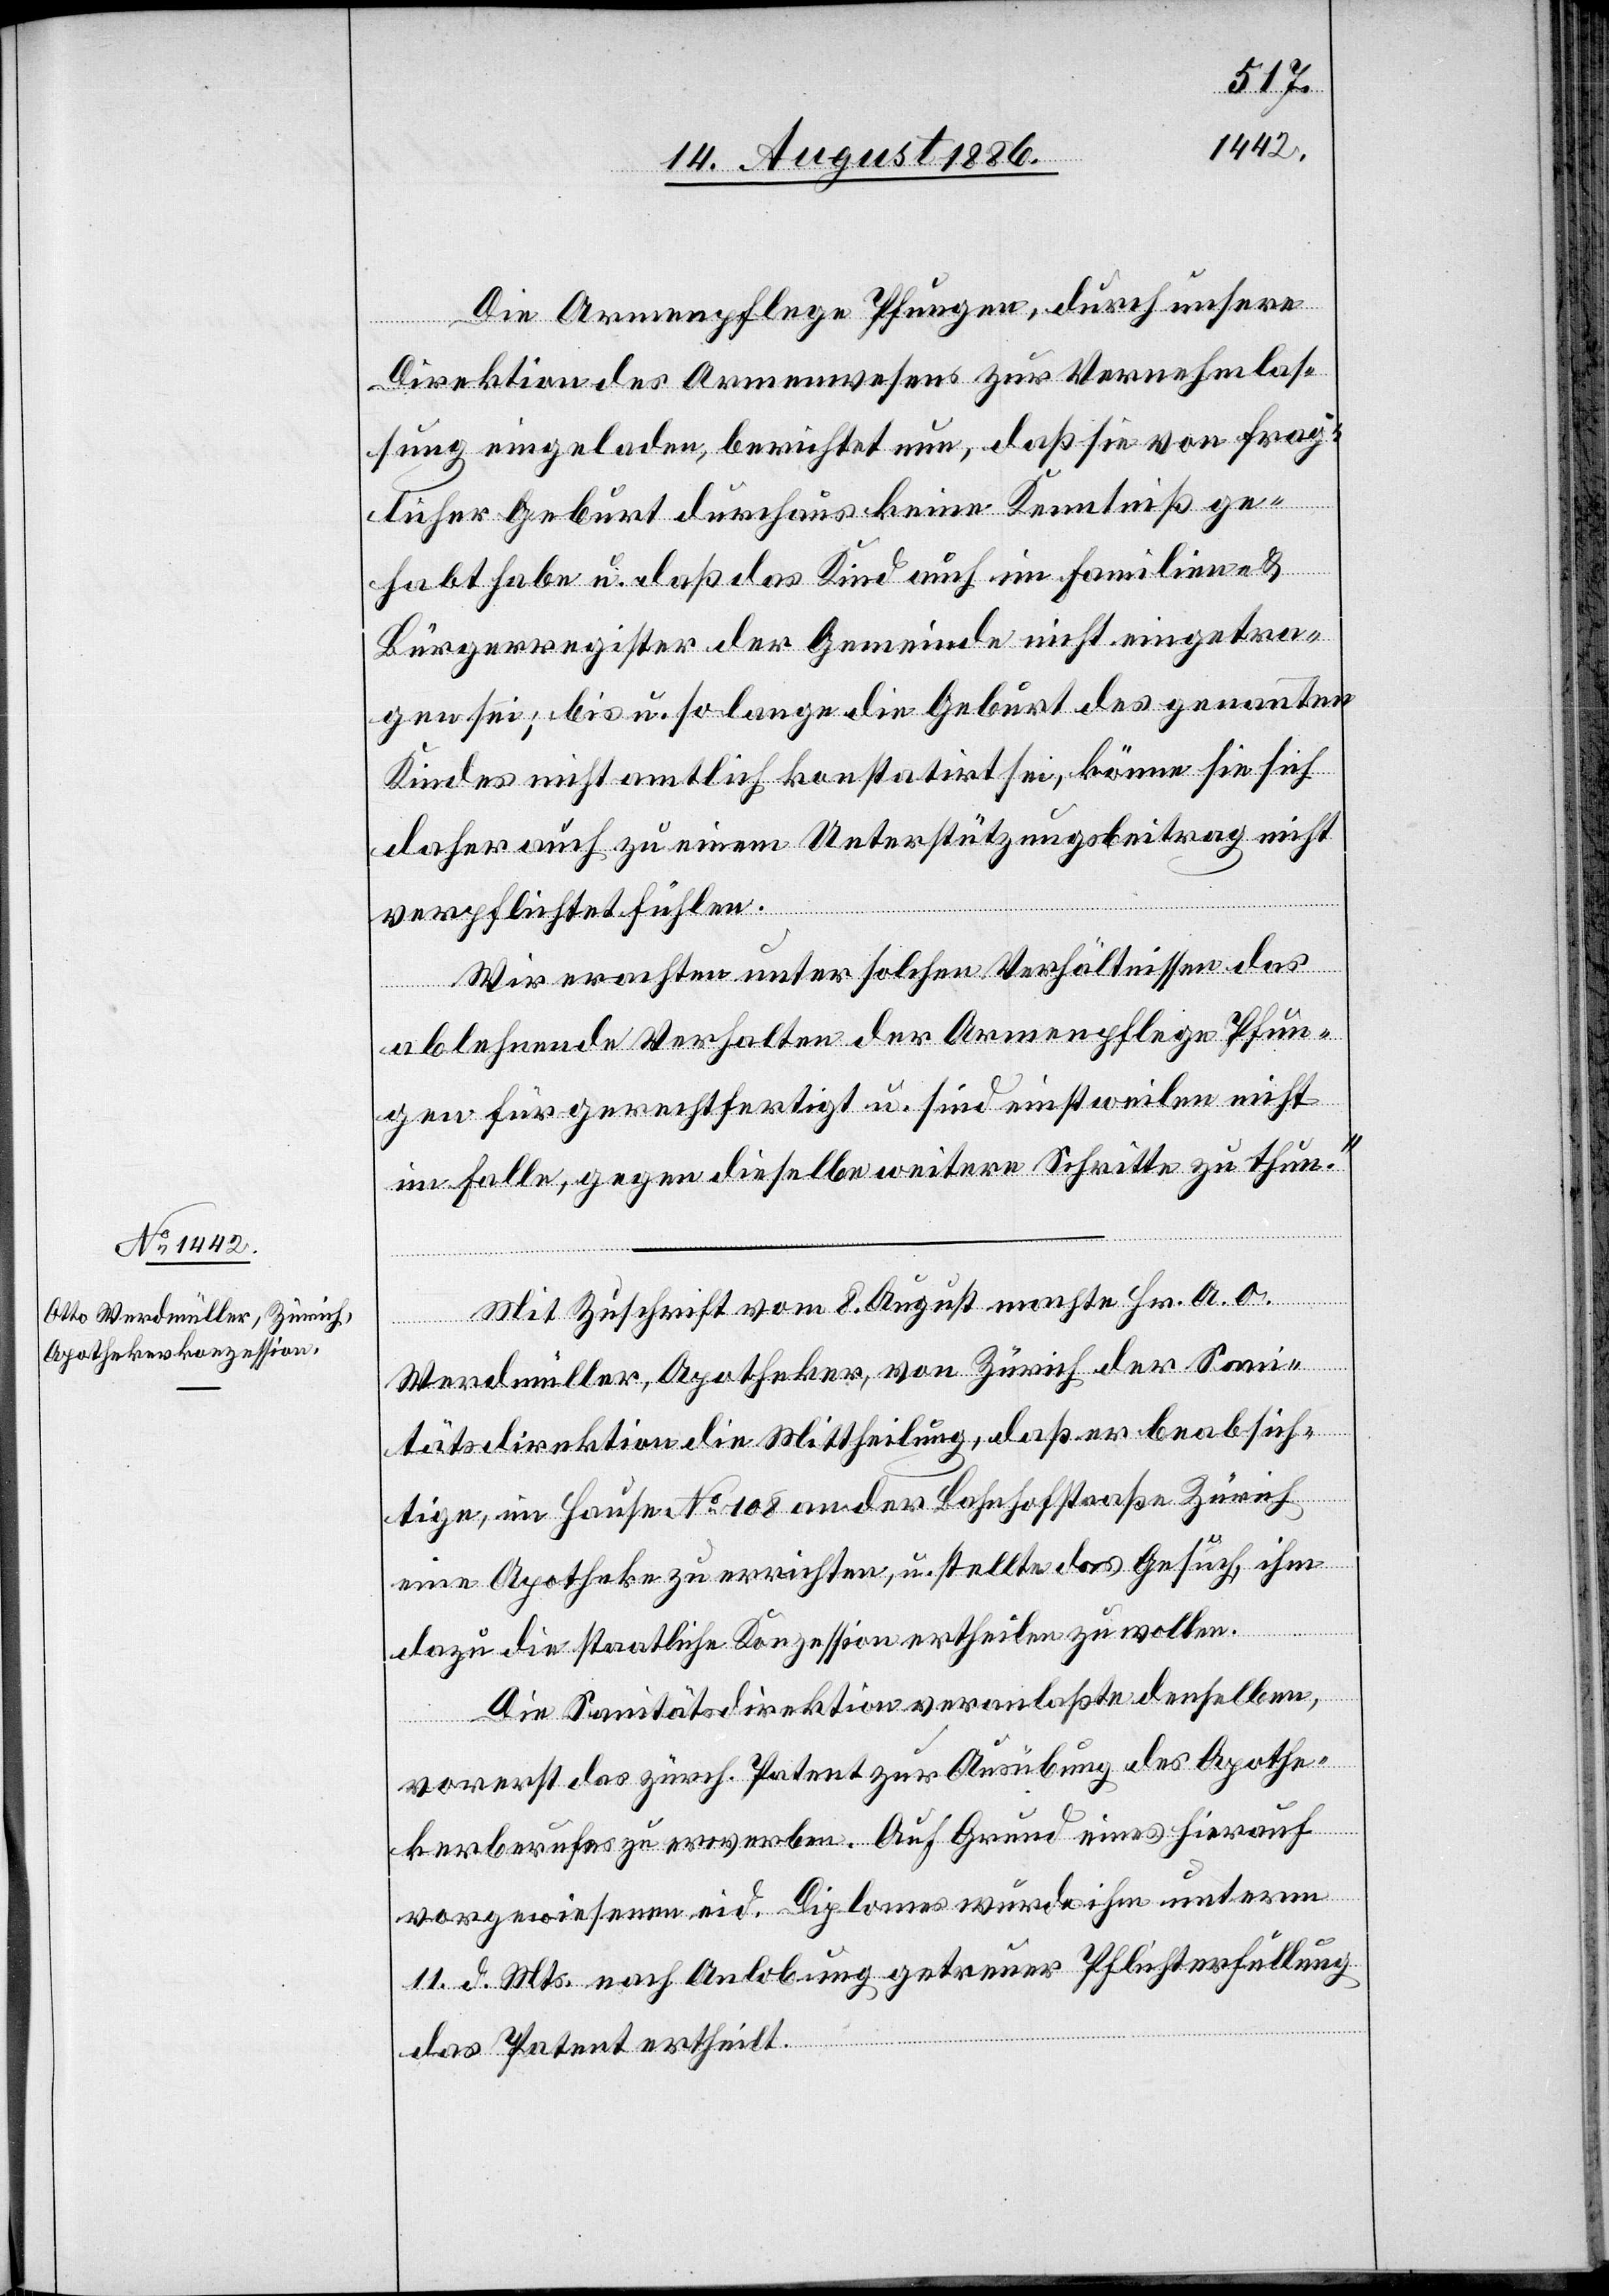
Die Armenpflege Pfungen, durch unsere
Direktion des Armenwesens zur Vernehmlas¬
sung eingeladen, berichtet nun, daß sie von frag¬
licher Geburt durchaus keine Kenntniß ge¬
habt habe u. daß das Kind auch im Familien- &
Bürgerregister der Gemeinde nicht eingetra¬
gen sei; bis u. so lange die Geburt des genannten
Kindes nicht amtlich konstatirt sei, könne sie sich
daher auch zu einem Unterstützungsbeitrag nicht
verpflichtet fühlen.
Wir erachten unter solchen Verhältnissen das
ablehnende Verhalten der Armenpflege Pfun¬
gen für gerechtfertigt u. sind einstweilen nicht
im Falle, gegen dieselbe weitere Schritte zu thun.“
Mit Zuschrift vom 8. August machte Hr. A. O.
Werdmüller, Apotheker, von Zürich der Sani¬
tätsdirektion die Mittheilung, daß er beabsich¬
tige, im Hause No 108 an der Bahnhofstraße Zürich
eine Apotheke zu errichten, u. stellte das Gesuch, ihm
dazu die staatliche Konzession ertheilen zu wollen.
Die Sanitätsdirektion veranlaßte denselben,
vorerst das zürch. Patent zur Ausübung des Apothe¬
kerberufes zu erwerben. Auf Grund eines hierauf
vorgewiesenen eid. Diploms wurde ihm unterm
11. d. Mts. nach Anlobung getreuer Pflichterfüllung
das Patent ertheilt.